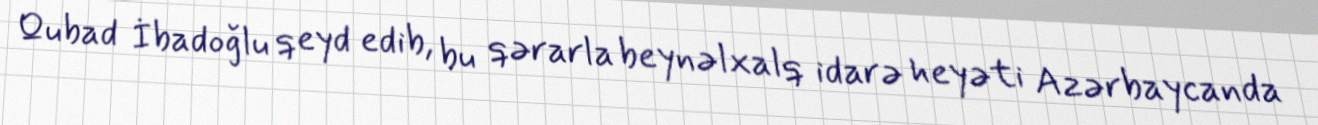
Qubad İbadoğlu qeyd edib, bu qərarla beynəlxalq idarə heyəti Azərbaycanda